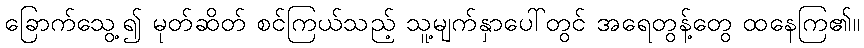
ခြောက်သွေ့၍ မုတ်ဆိတ် စင်ကြယ်သည့် သူ့မျက်နှာပေါ်တွင် အရေတွန့်တွေ ထနေကြ၏။